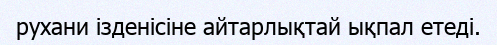
рухани ізденісіне айтарлықтай ықпал етеді.